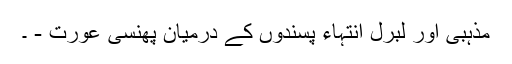
مذہبی اور لبرل انتہاء پسندوں کے درمیان پھنسی عورت - ۔